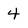
Character: 4